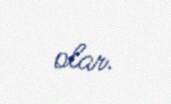
olar.